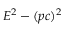
E ^ { 2 } - ( p c ) ^ { 2 }